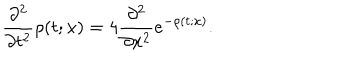
\frac { \partial ^ { 2 } } { \partial t ^ { 2 } } \rho ( t ; x ) = 4 \frac { \partial ^ { 2 } } { \partial x ^ { 2 } } e ^ { - \rho ( t ; x ) } .